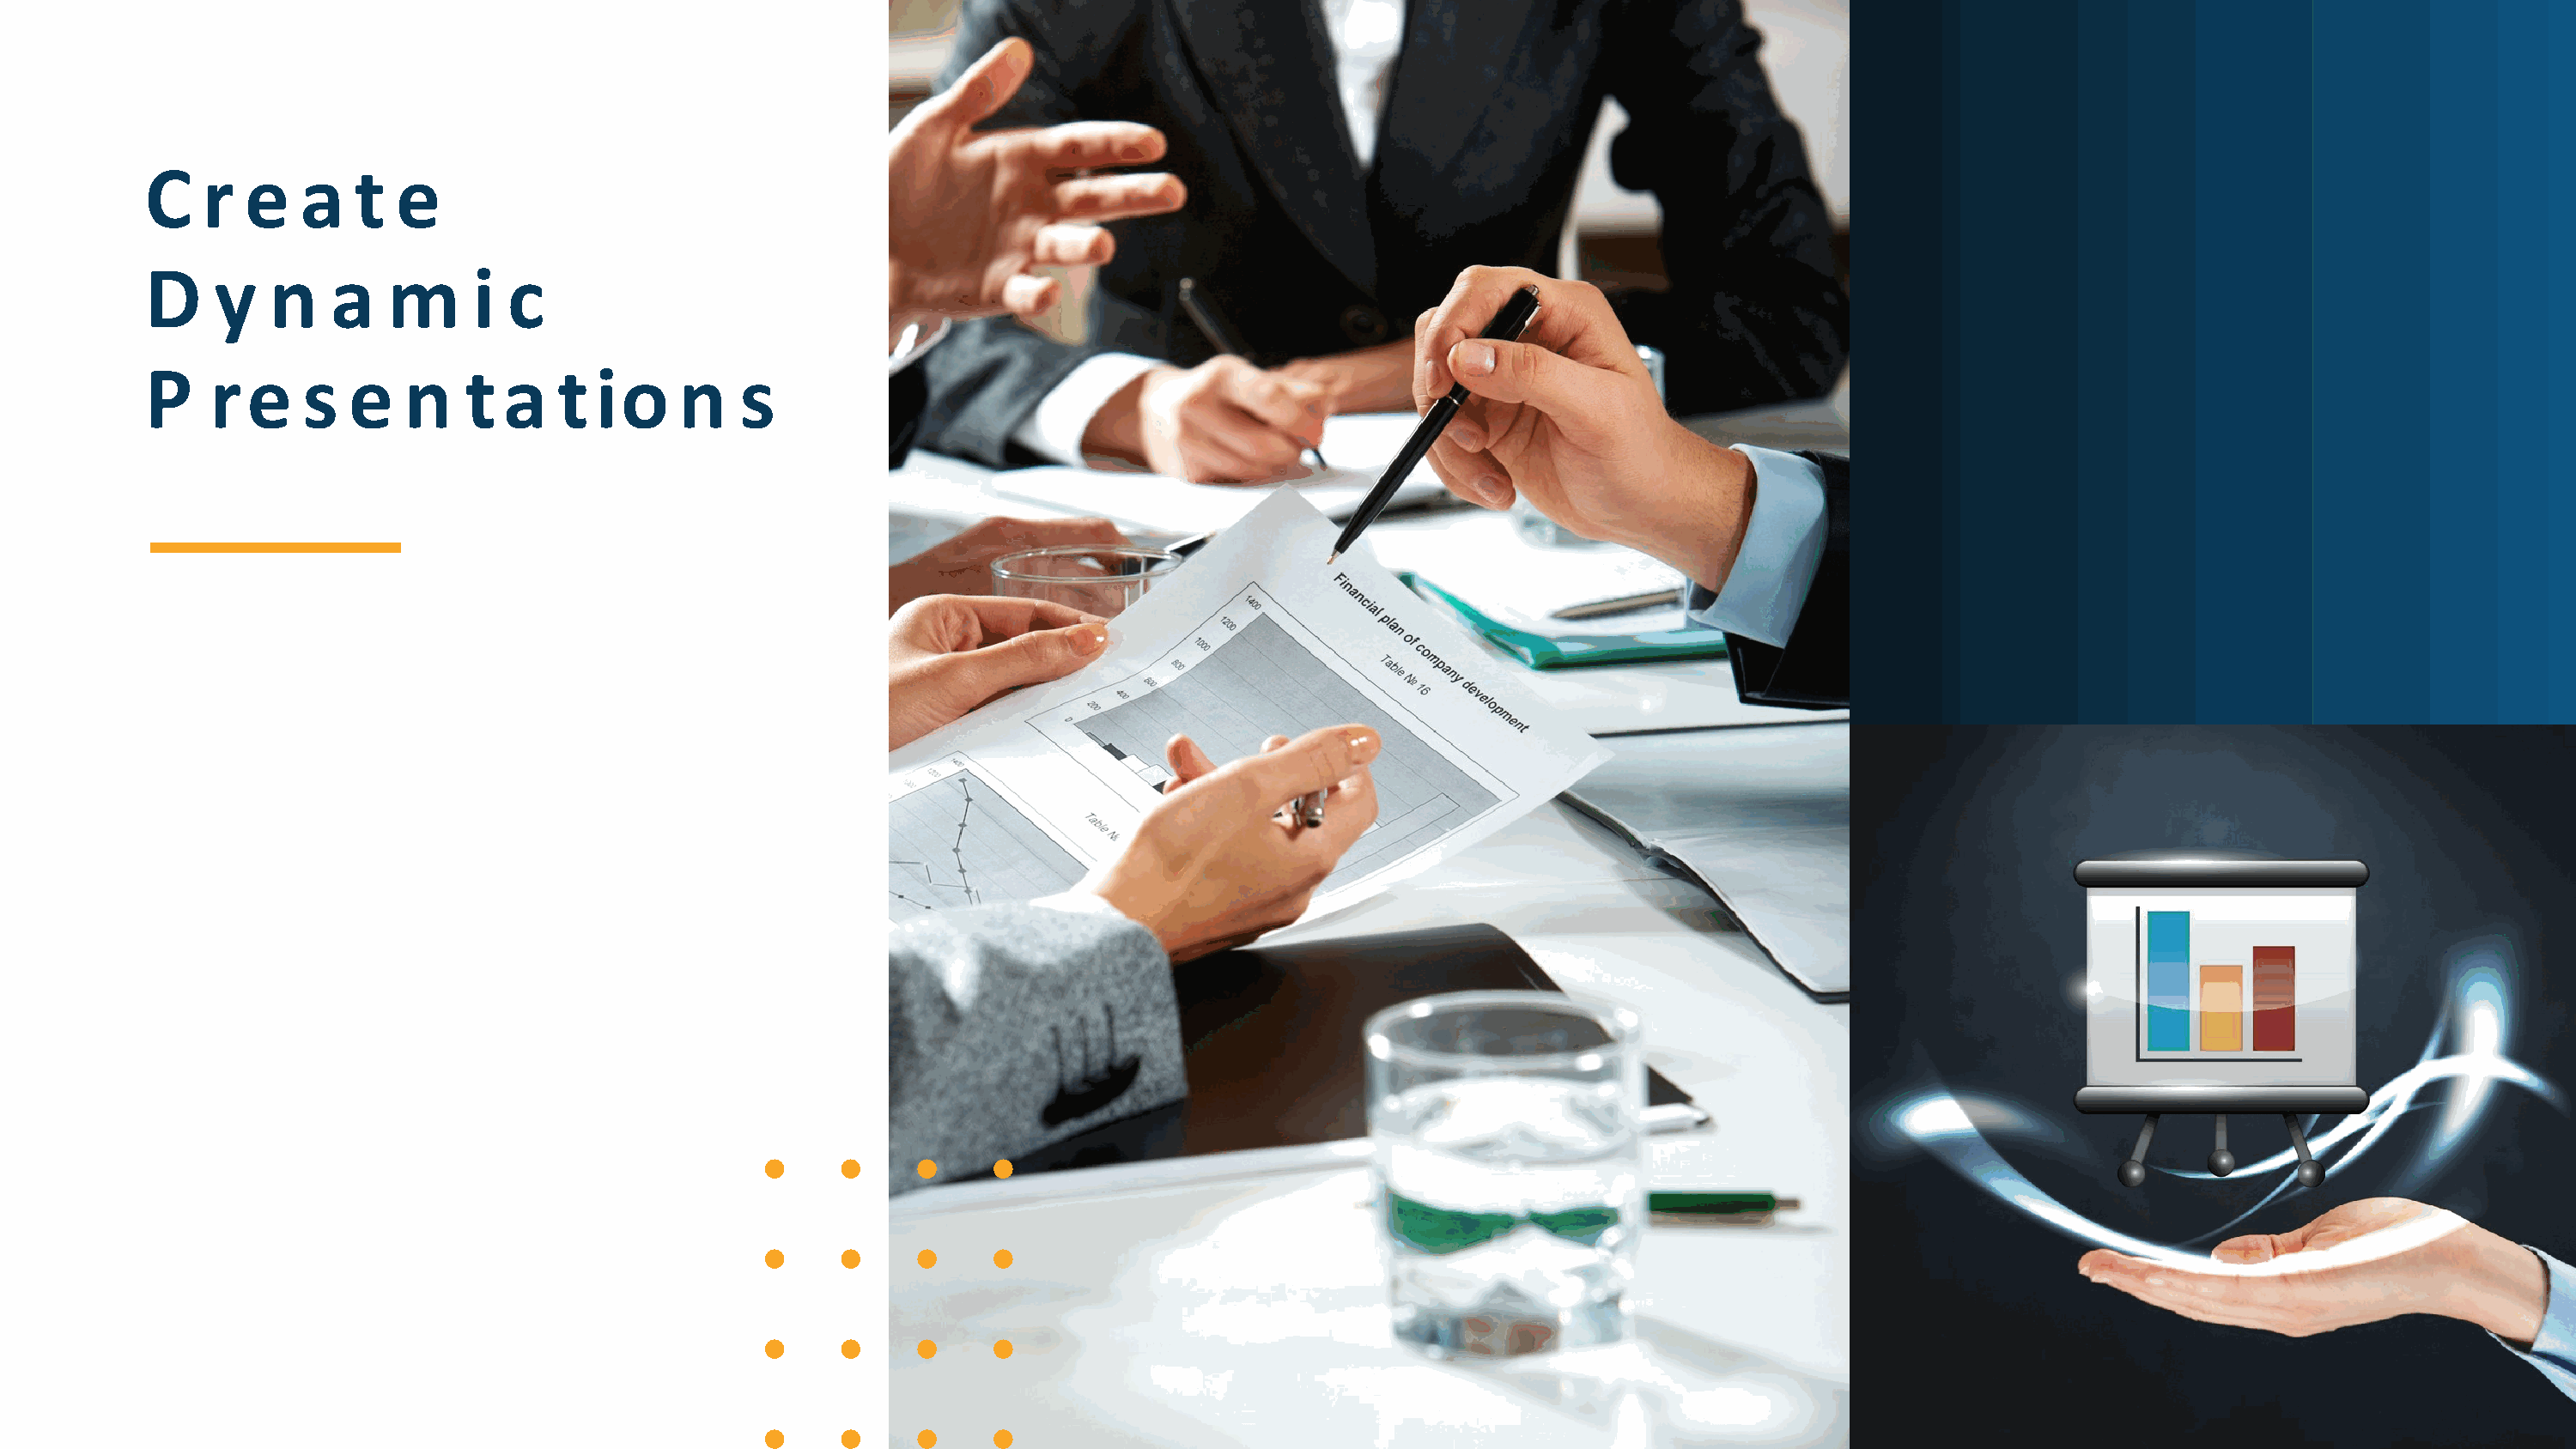
C    r  e   a   t   e
 D     y   n   a    m     i  c
 P    r  e   s   e   n    t  a   t  io    n    s